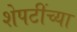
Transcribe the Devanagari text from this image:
शेपटींच्या